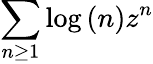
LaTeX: \sum_{n\geq 1}\log{(n)}z^{n}